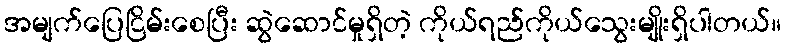
အမျက်ပြေငြိမ်းစေပြီး ဆွဲဆောင်မှုရှိတဲ့ ကိုယ်ရည်ကိုယ်သွေးမျိုးရှိပါတယ်။